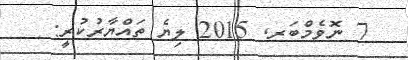
7 ނޮވެމްބަރ